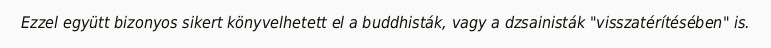
Ezzel együtt bizonyos sikert könyvelhetett el a buddhisták, vagy a dzsainisták "visszatérítésében" is.